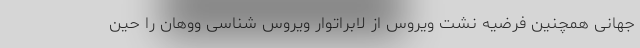
جهانی همچنین فرضیه نشت ویروس از لابراتوار ویروس شناسی ووهان را حین